Lunatic asylums Central Provinces reports 1874-1885 - 1874-1885
Year: 1874
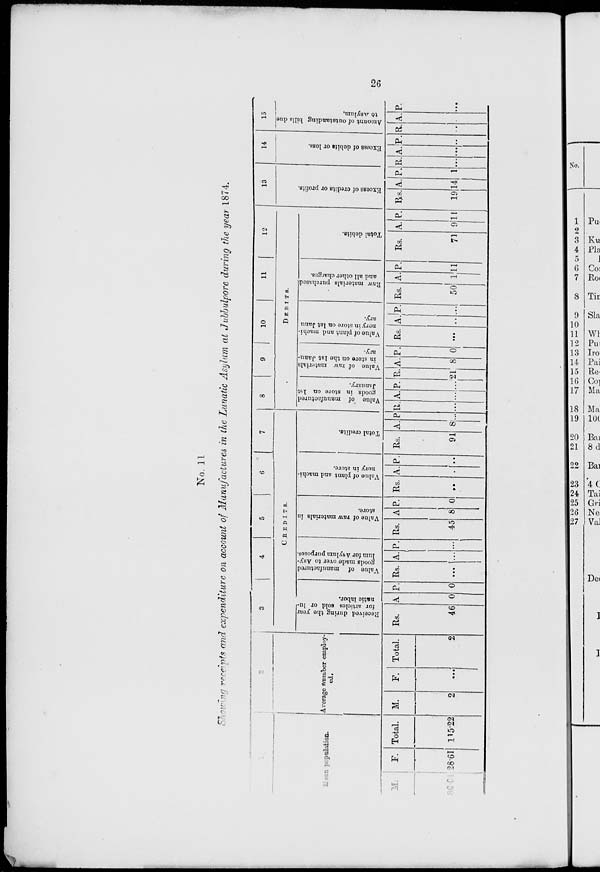
26
No. 11
Showing receipts and expenditure on account of Manufactures in the Lunatic Asylum at Jubbulpore during the year 1874.
2
Mean population.
M.
86.61
F.
25.61
Total.
115.22
Arerage number employ-
ed.
M.
2
F.
...
Total.
2
3
4
5
6
7
CREDITS.
Received during the year
for articles sold or lu-
natic labor.
Rs.
46
A
0
P.
0
Value of manufactured
goods made over to Asy-
lum for Asylum purposes.
Rs.
...
A.
...
P.
...
Value of raw materials in
store.
Rs.
45
A
8
P.
0
Value of plant and machi-
nery in store.
Rs.
...
A.
...
P.
...
Total credits.
Rs.
91
A.
8
P
...
8
9
10
11
12
DEBITS.
Value of manufactured
goods in store on 1st
January.
R.
...
A.
...
P.
...
Value of raw materials
in store on the 1st Janu-
ary.
R.
21
A.
8
P.
0
Value of plant and machi-
nery in store on 1st Janu-
ary.
Rs.
...
A.
...
P.
...
Raw materials purchased
and all other charges.
Rs.
50
A.
1
P.
11
Total debits.
Rs.
71
A.
9
P.
11
13
Excess of credits or profits.
Rs.
19
A.
14
P.
1
14
Excess of debits or loss.
R.
...
A.
...
P.
...
15
Amount of outstanding bills due
to Asylum.
R.
...
A.
...
P.
...